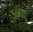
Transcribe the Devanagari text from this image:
५००५